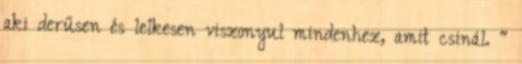
aki derűsen és lelkesen viszonyul mindenhez, amit csinál. “